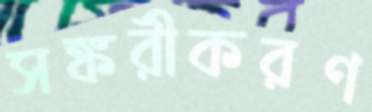
সঙ্করীকরণ